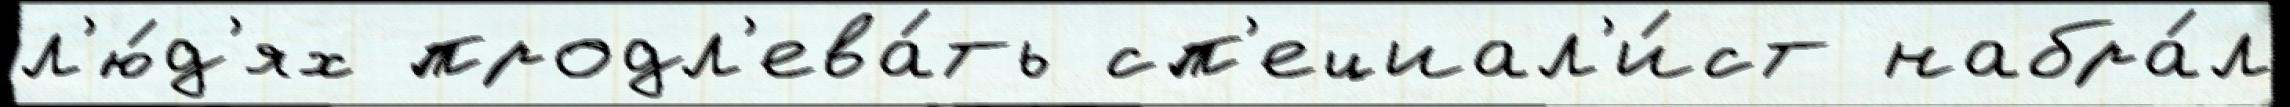
л'ю́д'ях продл'ева́ть сп'ециал'и́ст набра́л